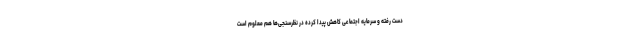
دست رفته و سرمایه اجتماعی کاهش پیدا کرده در نظرسنجی‌ها هم معلوم است